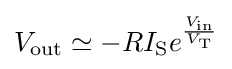
V_{\text{out}}\simeq -RI_{\text{S}}e^{\frac {V_{\text{in}}}{V_{\text{T}}}}